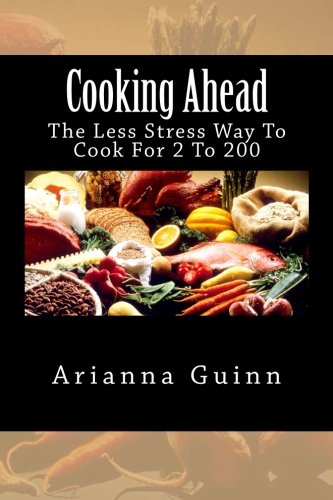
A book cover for Cooking Ahead: The Less Stress Way To Cook For 2 To 200; Arianna Guinn; Cookbooks, Food & Wine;